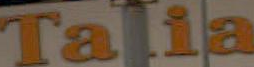
Talia